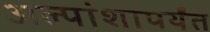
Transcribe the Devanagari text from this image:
अल्पांशापर्यंत